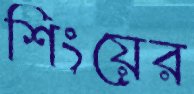
শিংয়ের